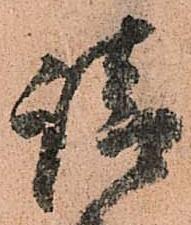
請